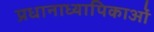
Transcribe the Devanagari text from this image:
प्रधानाध्यापिकाओं